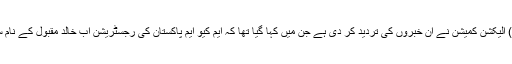
13 فروری2018ء) الیکشن کمیشن نے ان خبروں کی تردید کر دی ہے جن میں کہا گیا تھا کہ ایم کیو ایم پاکستان کی رجسٹریشن اب خالد مقبول کے نام سے کر دی گئی ہے۔